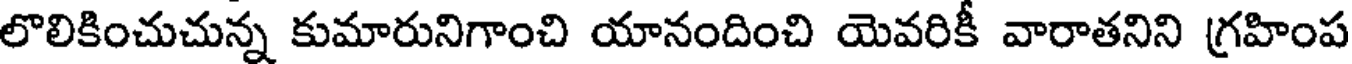
లొలికించుచున్న కుమారునిగాంచి యానందించి యెవరికీ వారాతనిని గ్రహింప